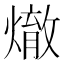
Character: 𪹲